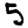
Digit: 5